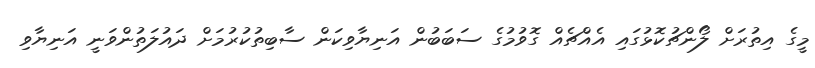
މީގެ އިތުރަށް ލޯންޗުކޮޅުގައި އެއްޗެއް ގޮވުމުގެ ސަބަބުން އަނިޔާވިކަން ސާބިތުކުރުމަށް ދައުލަތުންވަނީ އަނިޔާވި